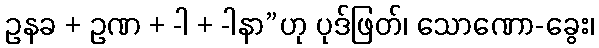
ဥနခ + ဥဏ + -ါ + -ါနာ”ဟု ပုဒ်ဖြတ်၊ သောဏော-ခွေး၊